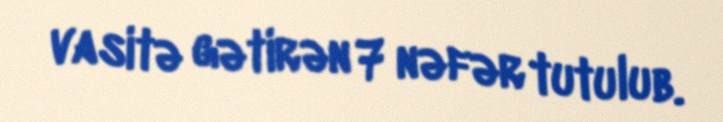
vasitə gətirən 7 nəfər tutulub.